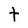
Character: t